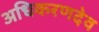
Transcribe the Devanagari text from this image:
अधिकरणदेव